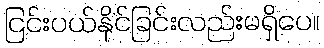
ငြင်းပယ်နိုင်ခြင်းလည်းမရှိပေ။